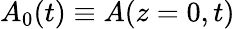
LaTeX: A_{0}(t)\equiv A(z=0,t)